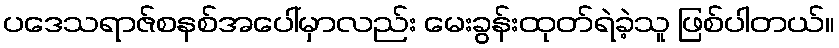
ပဒေသရာဇ်စနစ်အပေါ်မှာလည်း မေးခွန်းထုတ်ရဲခဲ့သူ ဖြစ်ပါတယ်။